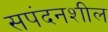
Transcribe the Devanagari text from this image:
सपंदनशील